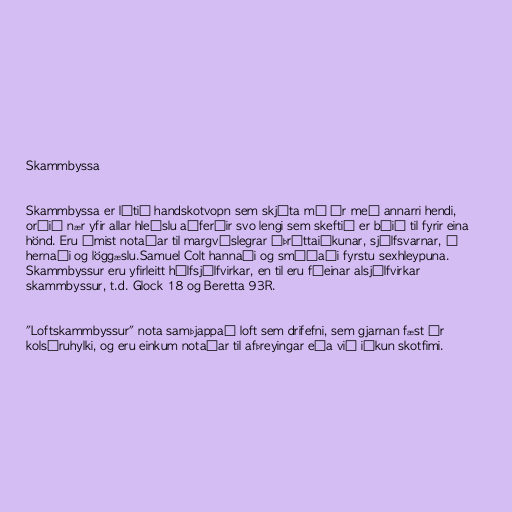
Skammbyssa

Skammbyssa er lítið handskotvopn sem skjóta má úr með annarri hendi,
orðið nær yfir allar hleðslu aðferðir svo lengi sem skeftið er búið til fyrir eina
hönd. Eru ýmist notaðar til margvíslegrar íþróttaiðkunar, sjálfsvarnar, í
hernaði og löggæslu.Samuel Colt hannaði og smíðaði fyrstu sexhleypuna.
Skammbyssur eru yfirleitt hálfsjálfvirkar, en til eru fáeinar alsjálfvirkar
skammbyssur, t.d. Glock 18 og Beretta 93R.

"Loftskammbyssur" nota samþjappað loft sem drifefni, sem gjarnan fæst úr
kolsýruhylki, og eru einkum notaðar til afþreyingar eða við iðkun skotfimi.